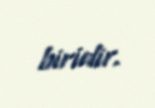
biridir.